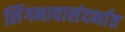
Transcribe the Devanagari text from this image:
लिंगभावासंदर्भात